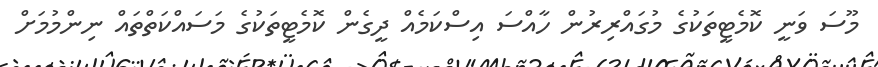
މޫސަ ވަނީ ކޮމެޓީތަކުގެ މުގައްރިރުން ހާއްސަ އިސްކަމެއް ދީގެން ކޮމެޓީތަކުގެ މަސައްކަތްތައް ނިންމުމަށް